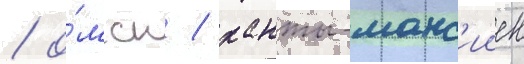
/ о́мск / ханты-манс'ииск